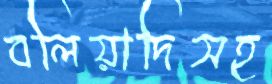
বলিয়াদিসহ